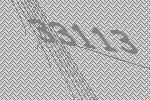
33113